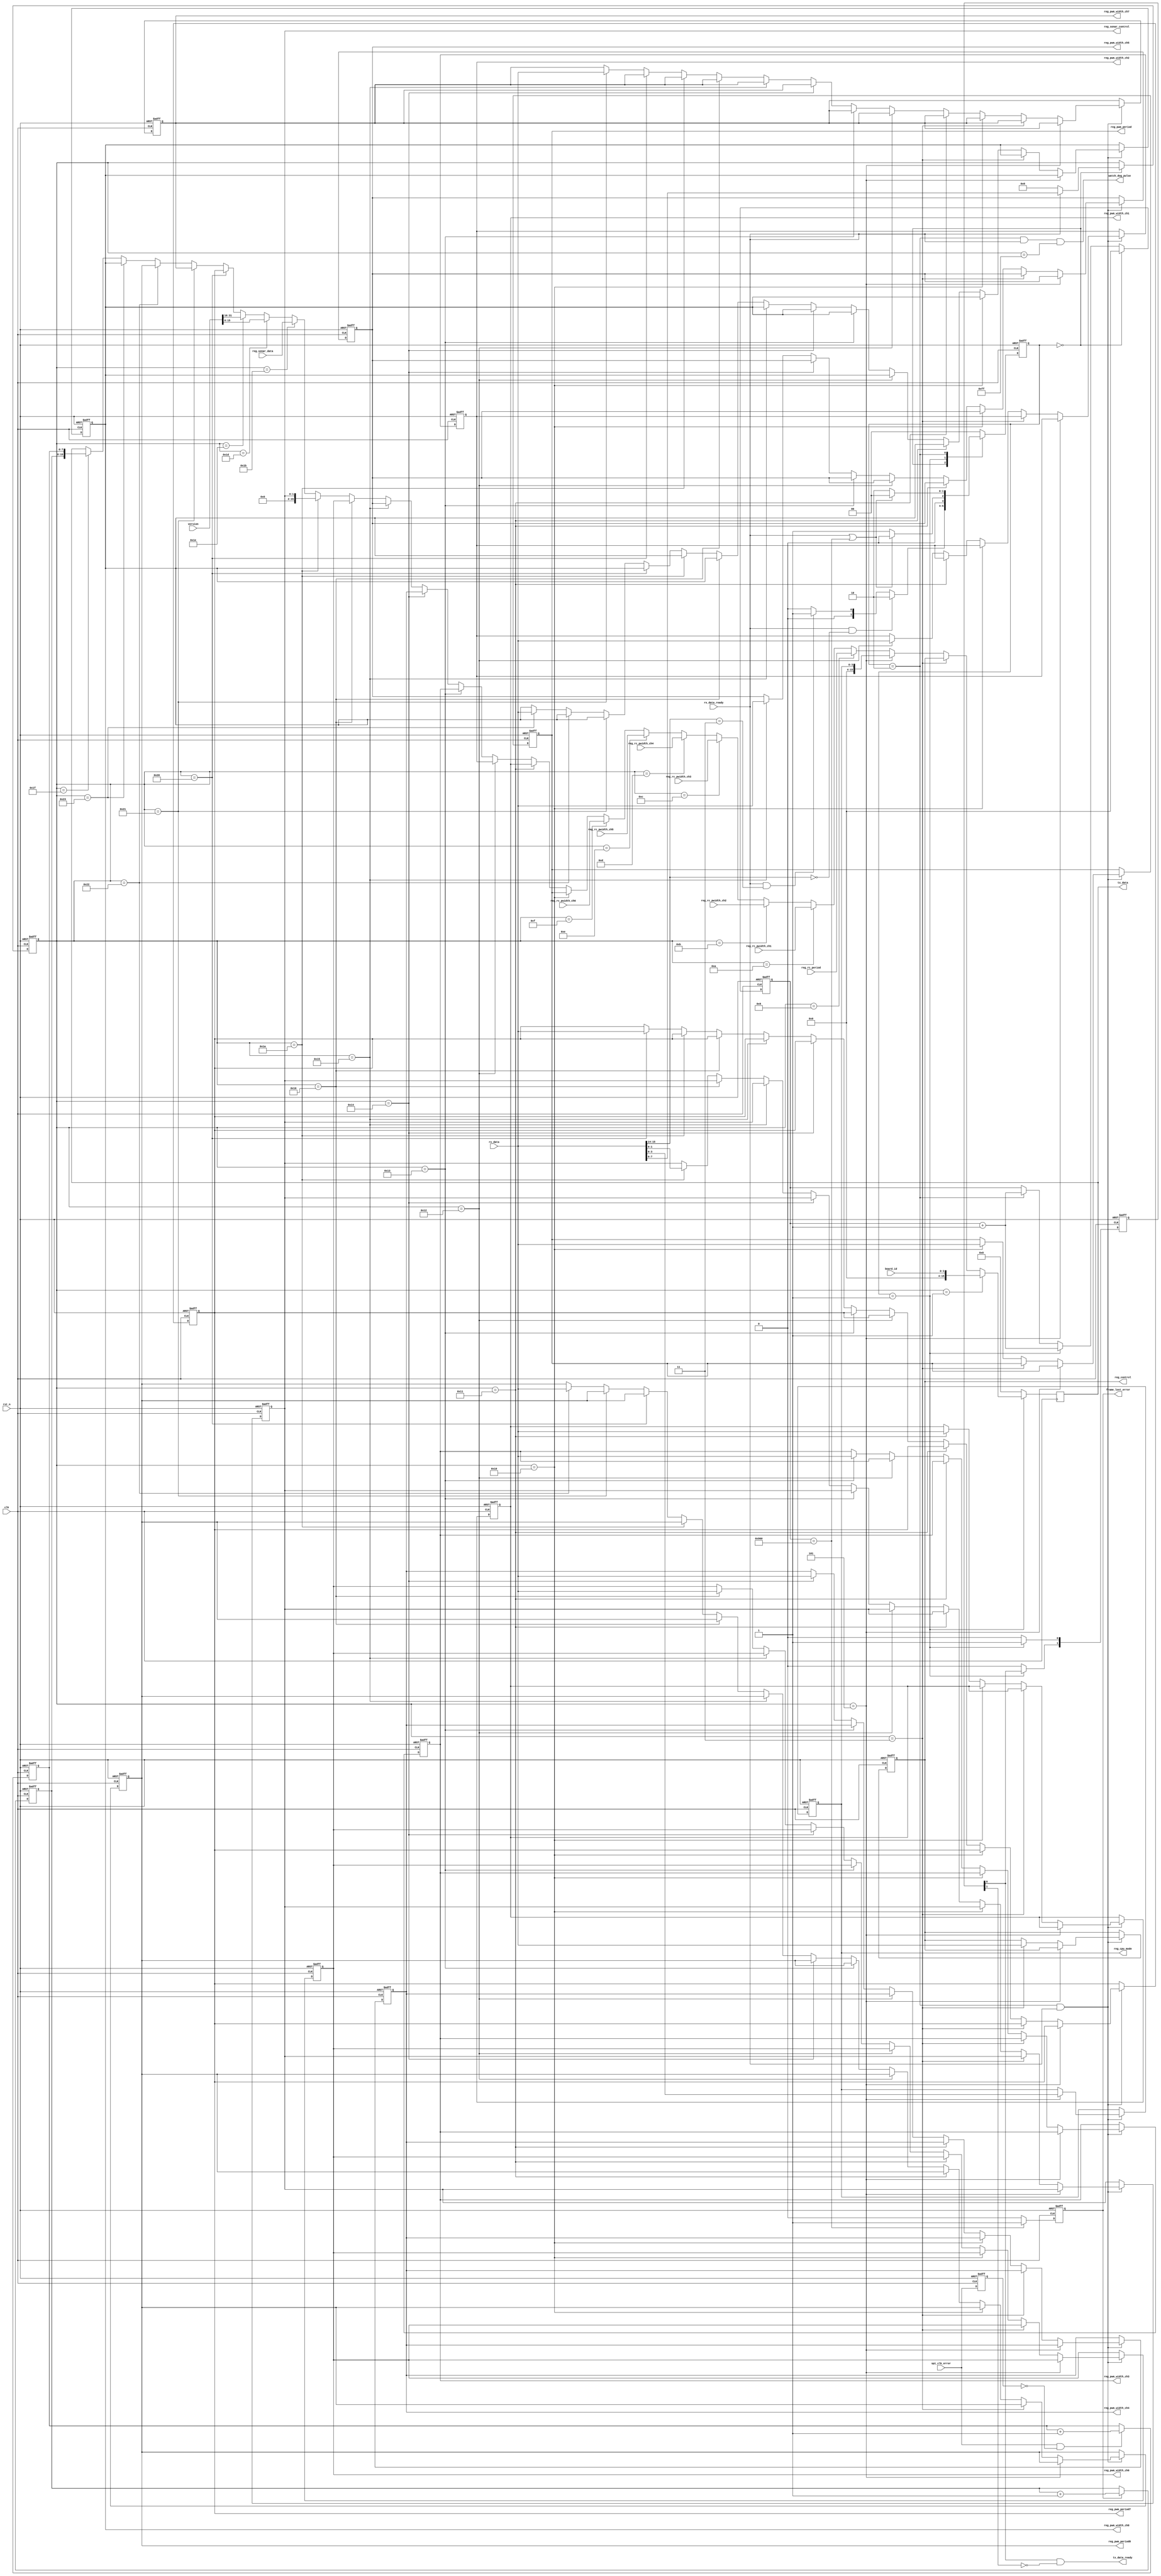
/***************************************************************************************************************
--Module Name:  spi_slave_reg
--Author     :  Jin
--Description:  
                polarity = 0     : idle state of spi clock is low level 
					 phase    = 0     : sample data at the rising edgesend data out at the falling edge
					 16 bits frame    : MSB first
					 data frame format: 2 * 16bits frame-- {address[15:14], address[13:0], data[15:0]}
					                    address[15:14]: 2'b00   write
										                     2'b11   read
             
--History    :  2015-04-13  Created by Jin.                      

***************************************************************************************************************/

`timescale 1ns/100ps
`define  ADDR_NUM 8

module spi_slave_reg
(
  input  wire       clk  ,
  input  wire       rst_n,
  
  input  wire        rx_data_ready,
  input  wire[15:0]  rx_data, 
  output wire        tx_data_ready,
  output reg [15:0]  tx_data,
  
  input  wire[3:0]   board_id,
  
  output reg [3:0]   reg_cpu_mode, // CPU mode indication 
  
  input  wire[15:0]  reg_rc_period    ,//Remote controller Pulse period 
  input  wire[15:0]  reg_rc_pwidth_ch1,// Remote controller pulse width 
  input  wire[15:0]  reg_rc_pwidth_ch2,// Remote controller pulse width  
  input  wire[15:0]  reg_rc_pwidth_ch3,// Remote controller pulse width 
  input  wire[15:0]  reg_rc_pwidth_ch4,// Remote controller pulse width
  input  wire[15:0]  reg_rc_pwidth_ch5,// Remote controller pulse width 
  input  wire[15:0]  reg_rc_pwidth_ch6,// Remote controller pulse width 
				  
  output reg [15:0]  reg_pwm_period   ,// servo PWM signal period
  output reg [15:0]  reg_pwm_width_ch1,// servo PWM signal pulse width for channel1
  output reg [15:0]  reg_pwm_width_ch2,// servo PWM signal pulse width for channel2
  output reg [15:0]  reg_pwm_width_ch3,// servo PWM signal pulse width for channel3
  output reg [15:0]  reg_pwm_width_ch4,// servo PWM signal pulse width for channel4
  output reg [15:0]  reg_pwm_width_ch5,// servo PWM signal pulse width for channel5
  output reg [15:0]  reg_pwm_width_ch6,// servo PWM signal pulse width for channel6
  
  output reg [15:0]  reg_pwm_period7,  //
  output reg [15:0]  reg_pwm_width_ch7,
  output reg [15:0]  reg_pwm_period8,
  output reg [15:0]  reg_pwm_width_ch8,
  
  input  wire        spi_clk_error,
				  
  output reg [1:0]   reg_sonar_control,// Sonar enable or stop,default enable
  input  wire[15:0]  reg_sonar_data   ,// Sonar data 
  output reg         frame_lost_error ,// data frame lost indication,high level pulse
  output wire        watch_dog_pulse  ,// master watch dog
  output reg [15:0]  reg_control      ,// reg to control cpld
  input  wire[31:0]  version           // version of this project

);
//---------------------------------------------------------------------------------------------------------------
  parameter   IDLE   =   2'b00 ,
              READ   =   2'b01 ,
				  WRITE  =   2'b10 ;
//--------------------------------------------------------------------------------------------------------------- 
  parameter   READ_FRAME   =   2'b11 ,
				  WRITE_FRAME  =   2'b00 ,
				  FRAME_LOST_TIME = 12'd2400 ; 
//--------------------------------------------------------------------------------------------------------------- 
               /*   register table   */
  parameter   BOARD_ID_ADDR      =   'h0001 , //Board ID 4'bxxxx ,read only
              CONTROL_ADDR       =   'h0003 , //reg to control cpld
  
    			  CPU_MODE_ADDR      =   'h0005 , // CPU mode indication  4'b0000->self test
				                                  //                      4'b0011->take off
				                                  //                      4'b1100->landing
															 //                      4'b1111->cruise
				  RC_PERIOD_ADDR     =   'h0009 , // Remote controller Pulse period ,read only
				  RC_PWIDTH_CH1_ADDR =   'h000A , // Remote controller pulse width  ,read only
				  RC_PWIDTH_CH2_ADDR =   'h000B , // Remote controller pulse width  ,read only
				  RC_PWIDTH_CH3_ADDR =   'h000C , // Remote controller pulse width  ,read only
				  RC_PWIDTH_CH4_ADDR =   'h000D , // Remote controller pulse width  ,read only
				  RC_PWIDTH_CH5_ADDR =   'h000E , // Remote controller pulse width  ,read only
				  RC_PWIDTH_CH6_ADDR =   'h000F , // Remote controller pulse width  ,read only				  
				  
				  PWM_PERIOD_ADDR    =   'h0010 , // servo PWM signal period
				  PWM_WIDTH_CH1_ADDR =   'h0011 , // servo PWM signal pulse width for channel1
				  PWM_WIDTH_CH2_ADDR =   'h0012 , // servo PWM signal pulse width for channel2 
				  PWM_WIDTH_CH3_ADDR =   'h0013 , // servo PWM signal pulse width for channel3
				  PWM_WIDTH_CH4_ADDR =   'h0014 , // servo PWM signal pulse width for channel4
				  PWM_WIDTH_CH5_ADDR =   'h0015 , // servo PWM signal pulse width for channel5
				  PWM_WIDTH_CH6_ADDR =   'h0016 , // servo PWM signal pulse width for channel6
				  PWM_DATA_LOAD_ADDR =   'h00FF , // write any data to this address will load the PWM width data to the PWM counter
				  
				  SONAR_CONTROL_ADDR =   'h001A , // Sonar enable or stop,default enable
				  SONAR_DATA_ADDR    =   'h001B , // Sonar data ,read only
				  VERSION_LOW_ADDR   =   'h001D , // Version Reg lower 16bits
				  VERSION_HIGH_ADDR  =   'h001E , // version reg higher 16bits
				  
				  FPGA_STATUS_ADDR   =   'h001F , 
				  
				  PWM_PERIOD7_ADDR   =   'h0020 , // PWM signal period
				  PWM_WIDTH_CH7_ADDR =   'h0021 , // PWM signal pulse width for channel7				  
				  PWM_PERIOD8_ADDR   =   'h0022 , // PWM signal period
				  PWM_WIDTH_CH8_ADDR =   'h0023 ; // PWM signal pulse width for channel7
//---------------------------------------------------------------------------------------------------------------
  reg [1:0]   state     ;
  reg [1:0]   next_state;
  always @ (posedge clk or negedge rst_n)
     begin
	    if(!rst_n)
		   state <= IDLE;
		 else
		   state <= next_state; 
	  end
//---------------------------------------------------------------------------------------------------------------	
     /* count the time between address frame and data frame  */
  reg [11:0]  frame_interval_counter;
  always @ (posedge clk or negedge rst_n)
     if(!rst_n )
	    frame_interval_counter <= 12'd0;
	  else if(state == IDLE)
	    frame_interval_counter <= 12'd0;
	  else if(state == READ)
	    frame_interval_counter <= frame_interval_counter + 12'd1;
	  else if(state == WRITE)
	    frame_interval_counter <= frame_interval_counter + 12'd1;
//--------------------------------------------------------------------------------------------------------------- 

  always@(*)
    begin
    next_state = IDLE;
    case(state)
	      IDLE   : if(rx_data_ready && (rx_data[15:14]==WRITE_FRAME))
			           next_state = WRITE ;
						else if(rx_data_ready && (rx_data[15:14]==READ_FRAME))
						  next_state = READ;	
						else
				        next_state = IDLE;		
			READ   : if(rx_data_ready || (frame_interval_counter == FRAME_LOST_TIME))
			           next_state = IDLE ;
						else 
		              next_state = READ;
			WRITE  : if(rx_data_ready || (frame_interval_counter == FRAME_LOST_TIME))
			           next_state = IDLE ;
						else 
		              next_state = WRITE;
			default: next_state = IDLE;
	 endcase
	 end
//--------------------------------------------------------------------------------------------------------------- 
    /*  signify an error if data frame did not show up FRAME_LOST_TIME after address frame  */
	always @ (posedge clk or negedge rst_n)
	  if(!rst_n)
	    frame_lost_error <= 1'b0;
	  else if(frame_interval_counter == FRAME_LOST_TIME)
	    frame_lost_error <= 1'b1;
	  else
	    frame_lost_error <= 1'b0;

//---------------------------------------------------------------------------------------------------------------
     /*  tx_data_ready ,active for one clk cycle   */
  reg [1:0]  tx_data_ready_d;
  always @ (posedge clk or negedge rst_n)
     if(!rst_n)
	    tx_data_ready_d <= 2'b00;
	  else begin
	         if(state == READ)
				  begin
	              tx_data_ready_d[0] <= 1'b1;
					  tx_data_ready_d[1] <= tx_data_ready_d[0];
				  end
	         else 
				  begin
	              tx_data_ready_d[0] <= 1'b0;
					  tx_data_ready_d[1] <= 1'b0;
				  end
			 end
	assign tx_data_ready = tx_data_ready_d[0] &(~tx_data_ready_d[1]);
//---------------------------------------------------------------------------------------------------------------	
       /*  latch R/W address  */
	reg [`ADDR_NUM-1:0]    reg_address;
	
	always @ (posedge clk or negedge rst_n)
	  begin
	    if(!rst_n)
		   reg_address <= `ADDR_NUM'd0;
		 else if(state == IDLE)
		   begin 
    		  if(rx_data_ready)
		        reg_address <= rx_data[`ADDR_NUM-1:0];
			  else
			     reg_address <= `ADDR_NUM'd0;
		   end
		 else
		  reg_address <= reg_address;	
	  end 
//---------------------------------------------------------------------------------------------------------------	  
reg [7:0]  error1;
reg [7:0]  error2;
reg        spi_clk_error_buf;
wire       spi_clk_error_edge;
always @ (posedge clk or negedge rst_n)
     if(!rst_n)
	    spi_clk_error_buf <= 1'b0;
	  else begin
	         spi_clk_error_buf <= spi_clk_error;
			 end	
assign spi_clk_error_edge=spi_clk_error & (~spi_clk_error_buf);

always @ (posedge clk or negedge rst_n)
     if(!rst_n)
	    error1 <= 8'd0;
	  else if(spi_clk_error_edge)
	    error1 <= error1 + 1'b1;


always @ (posedge clk or negedge rst_n)
     if(!rst_n)
	    error2 <= 8'd0;
	  else if(frame_lost_error)
	    error2 <= error2 + 1'b1;
			 
//---------------------------------------------------------------------------------------------------------------	
       /*  write register  */
  always @ (posedge clk or negedge rst_n)
    begin
		 if(!rst_n)
		     begin
					reg_cpu_mode      <= 4'd0;		
		         reg_control       <= 16'd0;			
               reg_pwm_period    <= 16'd20000;// default servo pwm period,20ms
		         reg_pwm_width_ch1 <= 16'd0;
		         reg_pwm_width_ch2 <= 16'd0;
		         reg_pwm_width_ch3 <= 16'd0;
		         reg_pwm_width_ch4 <= 16'd0;
		         reg_pwm_width_ch5 <= 16'd0;
		         reg_pwm_width_ch6 <= 16'd0;		 
		         reg_sonar_control <= 2'b00;   // default sonar enable
               reg_pwm_period7   <= 16'd20000;
		         reg_pwm_width_ch7 <= 16'd0;	
	            reg_pwm_period8   <= 16'd20000;
		         reg_pwm_width_ch8 <= 16'd0;				
		      end
		 else if((state == WRITE) && rx_data_ready)
		      begin
		          if(reg_address==CPU_MODE_ADDR       )        reg_cpu_mode      <= rx_data[3:0]; 
					 else if(reg_address==CONTROL_ADDR     )      reg_control       <= rx_data;
		          else if(reg_address==PWM_PERIOD_ADDR     )   reg_pwm_period    <= rx_data;
		          else if(reg_address==PWM_WIDTH_CH1_ADDR  )   reg_pwm_width_ch1 <= rx_data;
		          else if(reg_address==PWM_WIDTH_CH2_ADDR  )   reg_pwm_width_ch2 <= rx_data;
		          else if(reg_address==PWM_WIDTH_CH3_ADDR  )   reg_pwm_width_ch3 <= rx_data;
		          else if(reg_address==PWM_WIDTH_CH4_ADDR  )   reg_pwm_width_ch4 <= rx_data;
		          else if(reg_address==PWM_WIDTH_CH5_ADDR  )   reg_pwm_width_ch5 <= rx_data;
		          else if(reg_address==PWM_WIDTH_CH6_ADDR  )   reg_pwm_width_ch6 <= rx_data;		 
		          else if(reg_address==SONAR_CONTROL_ADDR  )   reg_sonar_control <= rx_data[1:0] ;
		          else if(reg_address==PWM_PERIOD7_ADDR     )  reg_pwm_period7   <= rx_data;
		          else if(reg_address==PWM_WIDTH_CH7_ADDR  )   reg_pwm_width_ch7 <= rx_data;
					 else if(reg_address==PWM_PERIOD8_ADDR     )  reg_pwm_period8   <= rx_data;
		          else if(reg_address==PWM_WIDTH_CH8_ADDR  )   reg_pwm_width_ch8 <= rx_data;
				end

	 end
//---------------------------------------------------------------------------------------------------------------	
       /*  read register  */
  always @ (posedge clk)
    begin
	    if(state == READ)
		   begin
           if     (reg_address==BOARD_ID_ADDR      )           tx_data <= {12'd0,board_id};
			  else if(reg_address==CONTROL_ADDR       )           tx_data <= reg_control;
		 
		     else if(reg_address==CPU_MODE_ADDR       )           tx_data <= {12'd0,reg_cpu_mode };
		 
		     else if(reg_address==RC_PERIOD_ADDR      )           tx_data <= reg_rc_period     ;
		     else if(reg_address==RC_PWIDTH_CH1_ADDR  )           tx_data <= reg_rc_pwidth_ch1 ;
		     else if(reg_address==RC_PWIDTH_CH2_ADDR  )           tx_data <= reg_rc_pwidth_ch2 ;
		     else if(reg_address==RC_PWIDTH_CH3_ADDR  )           tx_data <= reg_rc_pwidth_ch3 ;
		     else if(reg_address==RC_PWIDTH_CH4_ADDR  )           tx_data <= reg_rc_pwidth_ch4 ;
		     else if(reg_address==RC_PWIDTH_CH5_ADDR  )           tx_data <= reg_rc_pwidth_ch5 ;
		     else if(reg_address==RC_PWIDTH_CH6_ADDR  )           tx_data <= reg_rc_pwidth_ch6 ;
		 
		     else if(reg_address==PWM_PERIOD_ADDR     )           tx_data <= reg_pwm_period    ;
		     else if(reg_address==PWM_WIDTH_CH1_ADDR  )           tx_data <= reg_pwm_width_ch1 ;
		     else if(reg_address==PWM_WIDTH_CH2_ADDR  )           tx_data <= reg_pwm_width_ch2 ;
		     else if(reg_address==PWM_WIDTH_CH3_ADDR  )           tx_data <= reg_pwm_width_ch3 ;
		     else if(reg_address==PWM_WIDTH_CH4_ADDR  )           tx_data <= reg_pwm_width_ch4 ;
		     else if(reg_address==PWM_WIDTH_CH5_ADDR  )           tx_data <= reg_pwm_width_ch5 ;
		     else if(reg_address==PWM_WIDTH_CH6_ADDR  )           tx_data <= reg_pwm_width_ch6 ;
			  		 
		     else if(reg_address==SONAR_CONTROL_ADDR  )           tx_data <= {14'd0,reg_sonar_control} ;
		     else if(reg_address==SONAR_DATA_ADDR     )           tx_data <= reg_sonar_data            ;
			  else if(reg_address==VERSION_LOW_ADDR    )           tx_data <= version[15:0]            ;
			  else if(reg_address==VERSION_HIGH_ADDR   )           tx_data <= version[31:16]            ;
			  
			  else if(reg_address==PWM_PERIOD7_ADDR     )          tx_data <= reg_pwm_period7    ;
		     else if(reg_address==PWM_WIDTH_CH7_ADDR  )           tx_data <= reg_pwm_width_ch7 ;
			  else if(reg_address==PWM_PERIOD8_ADDR     )          tx_data <= reg_pwm_period8    ;
		     else if(reg_address==PWM_WIDTH_CH8_ADDR  )           tx_data <= reg_pwm_width_ch8 ;
			  else if(reg_address==FPGA_STATUS_ADDR  )             tx_data <= {error2,error1} ;
			end
		 else tx_data <= 16'd0;
	 end
  
//---------------------------------------------------------------------------------------------------------------
     /* every time all pwm_width_ch is updated(suppose ch6 is the last to updated) ,generate watch_dog_pulse */
  assign watch_dog_pulse = (state == WRITE) & rx_data_ready & (reg_address==PWM_DATA_LOAD_ADDR);

endmodule